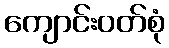
ကျောင်းဝတ်စုံ